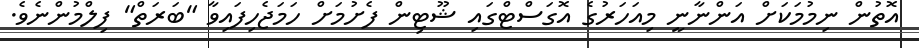
އޮތުން ނިމުމަކަށް އަންނާނީ މިއަހަރުގެ އޮގަސްޓްގައި ޝޫޓިން ފެށުމަށް ހަމަޖެހިފައިވާ "ބަރަތް" ފިލްމުންނެވެ.